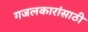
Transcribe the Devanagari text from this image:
गजलकारांसाठी